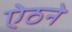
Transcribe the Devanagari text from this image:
ऐठने